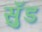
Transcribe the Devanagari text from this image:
सुँड